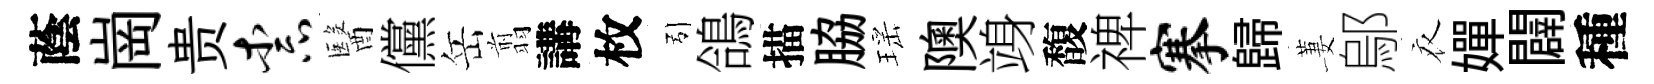
蔭崗贵柰醫儻岳翦講枚引鴿描脇瑶隩竧馥禆搴歸萋鄔衣嬋闢種